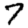
Digit: 7